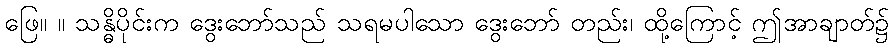
ဖြေ။ ။ သန္ဓိပိုင်းက ဒွေးဘော်သည် သရမပါသော ဒွေးဘော် တည်း၊ ထို့ကြောင့် ဤအာချာတ်၌